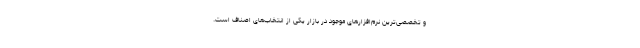
و تخصصی‌ترین نرم‌افزارهای موجود در بازار یکی از انتخاب‌های اصناف است.